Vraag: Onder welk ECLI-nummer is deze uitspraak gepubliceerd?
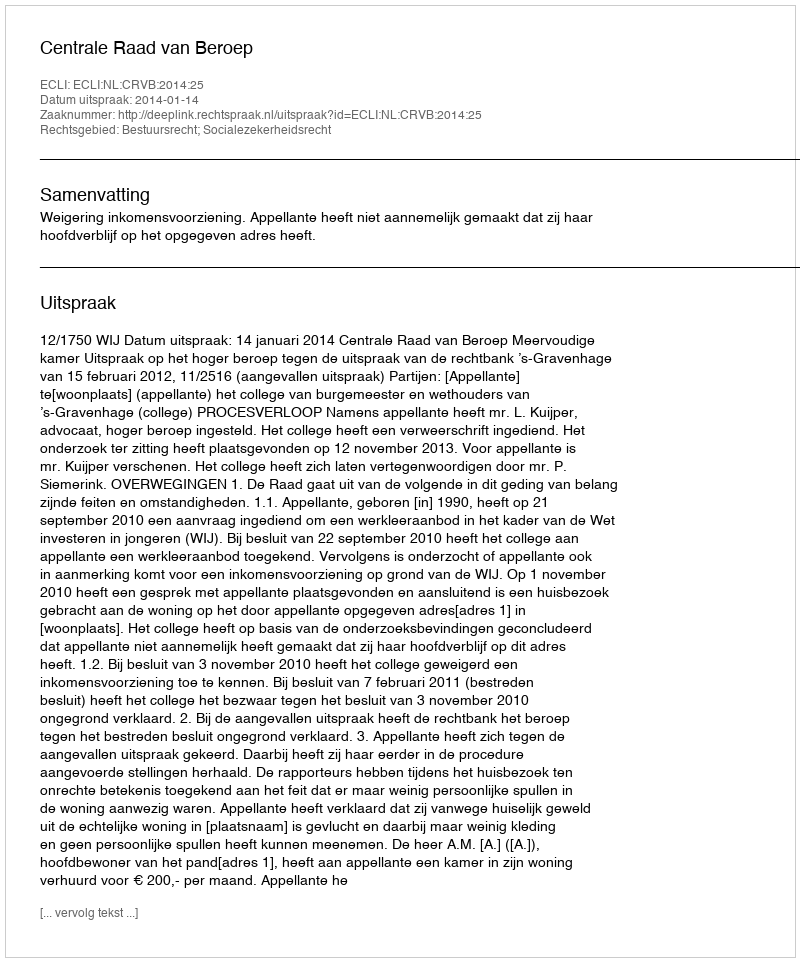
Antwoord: ECLI:NL:CRVB:2014:25